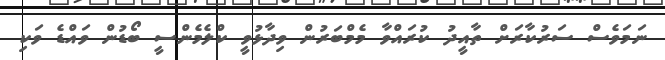
ނަމަވެސް ސަރުކާރަށް ތާއީދު ކުރައްވާ މެމްބަރުން ވިދާޅުވީ ކްލެމެންސީ ބޯޑުން ވައްޑެ ވަކި